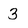
Character: 3